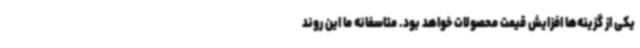
یکی از گزینه‌ها افزایش قیمت محصولات خواهد بود. متاسفانه ما این روند